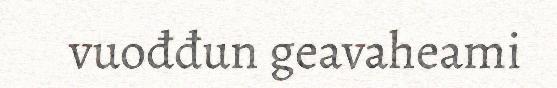
vuođđun geavaheami